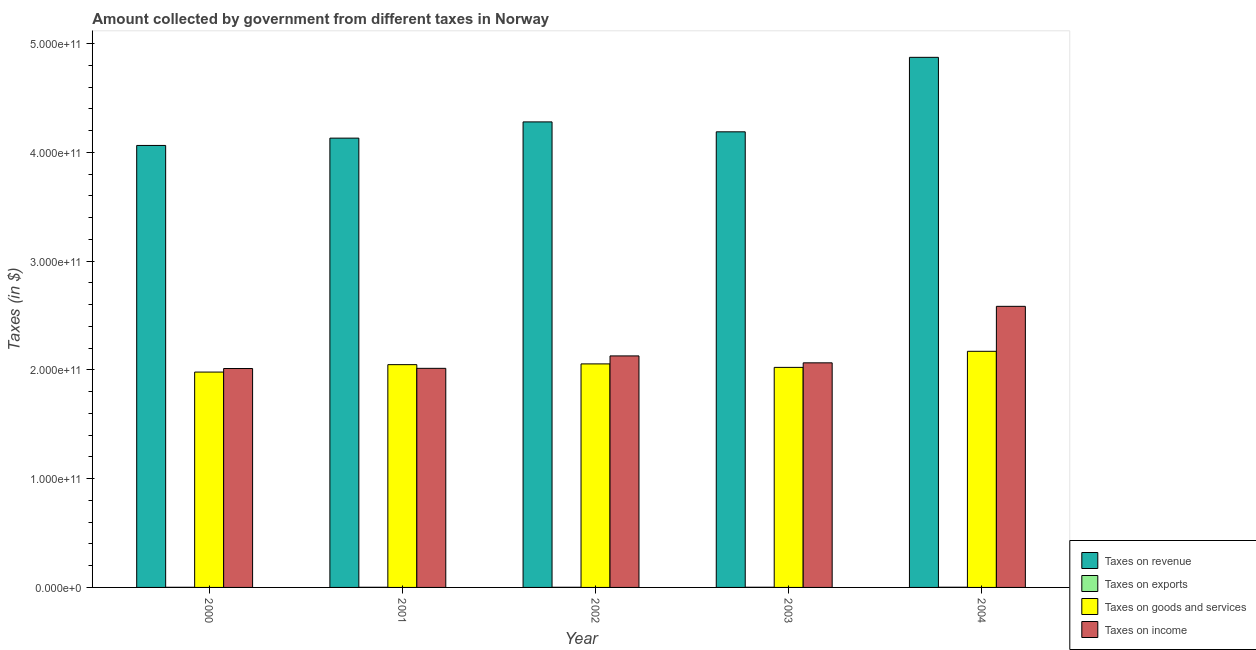
| Year | Taxes on revenue | Taxes on exports | Taxes on goods and services | Taxes on income |
 | --- | --- | --- | --- | --- |
 | 2000 | 4.06e+11 | 1.1e+08 | 1.98e+11 | 2.01e+11 |
 | 2001 | 4.13e+11 | 1.2e+08 | 2.05e+11 | 2.01e+11 |
 | 2002 | 4.28e+11 | 1.3e+08 | 2.06e+11 | 2.13e+11 |
 | 2003 | 4.19e+11 | 1.5e+08 | 2.02e+11 | 2.06e+11 |
 | 2004 | 4.87e+11 | 1.7e+08 | 2.17e+11 | 2.58e+11 |